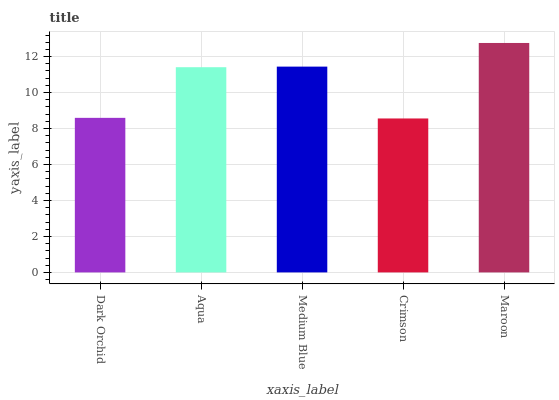
| xaxis_label | bars |
 | --- | --- |
 | Dark Orchid | 8.59 |
 | Aqua | 11.4 |
 | Medium Blue | 11.4 |
 | Crimson | 8.56 |
 | Maroon | 12.8 |